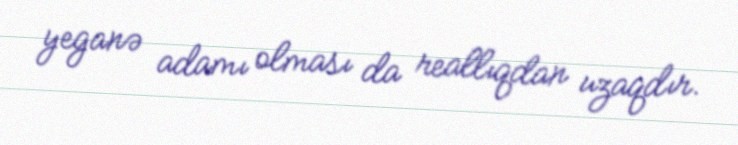
yeganə adamı olması da reallıqdan uzaqdır.